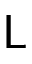
\mathsf { L }